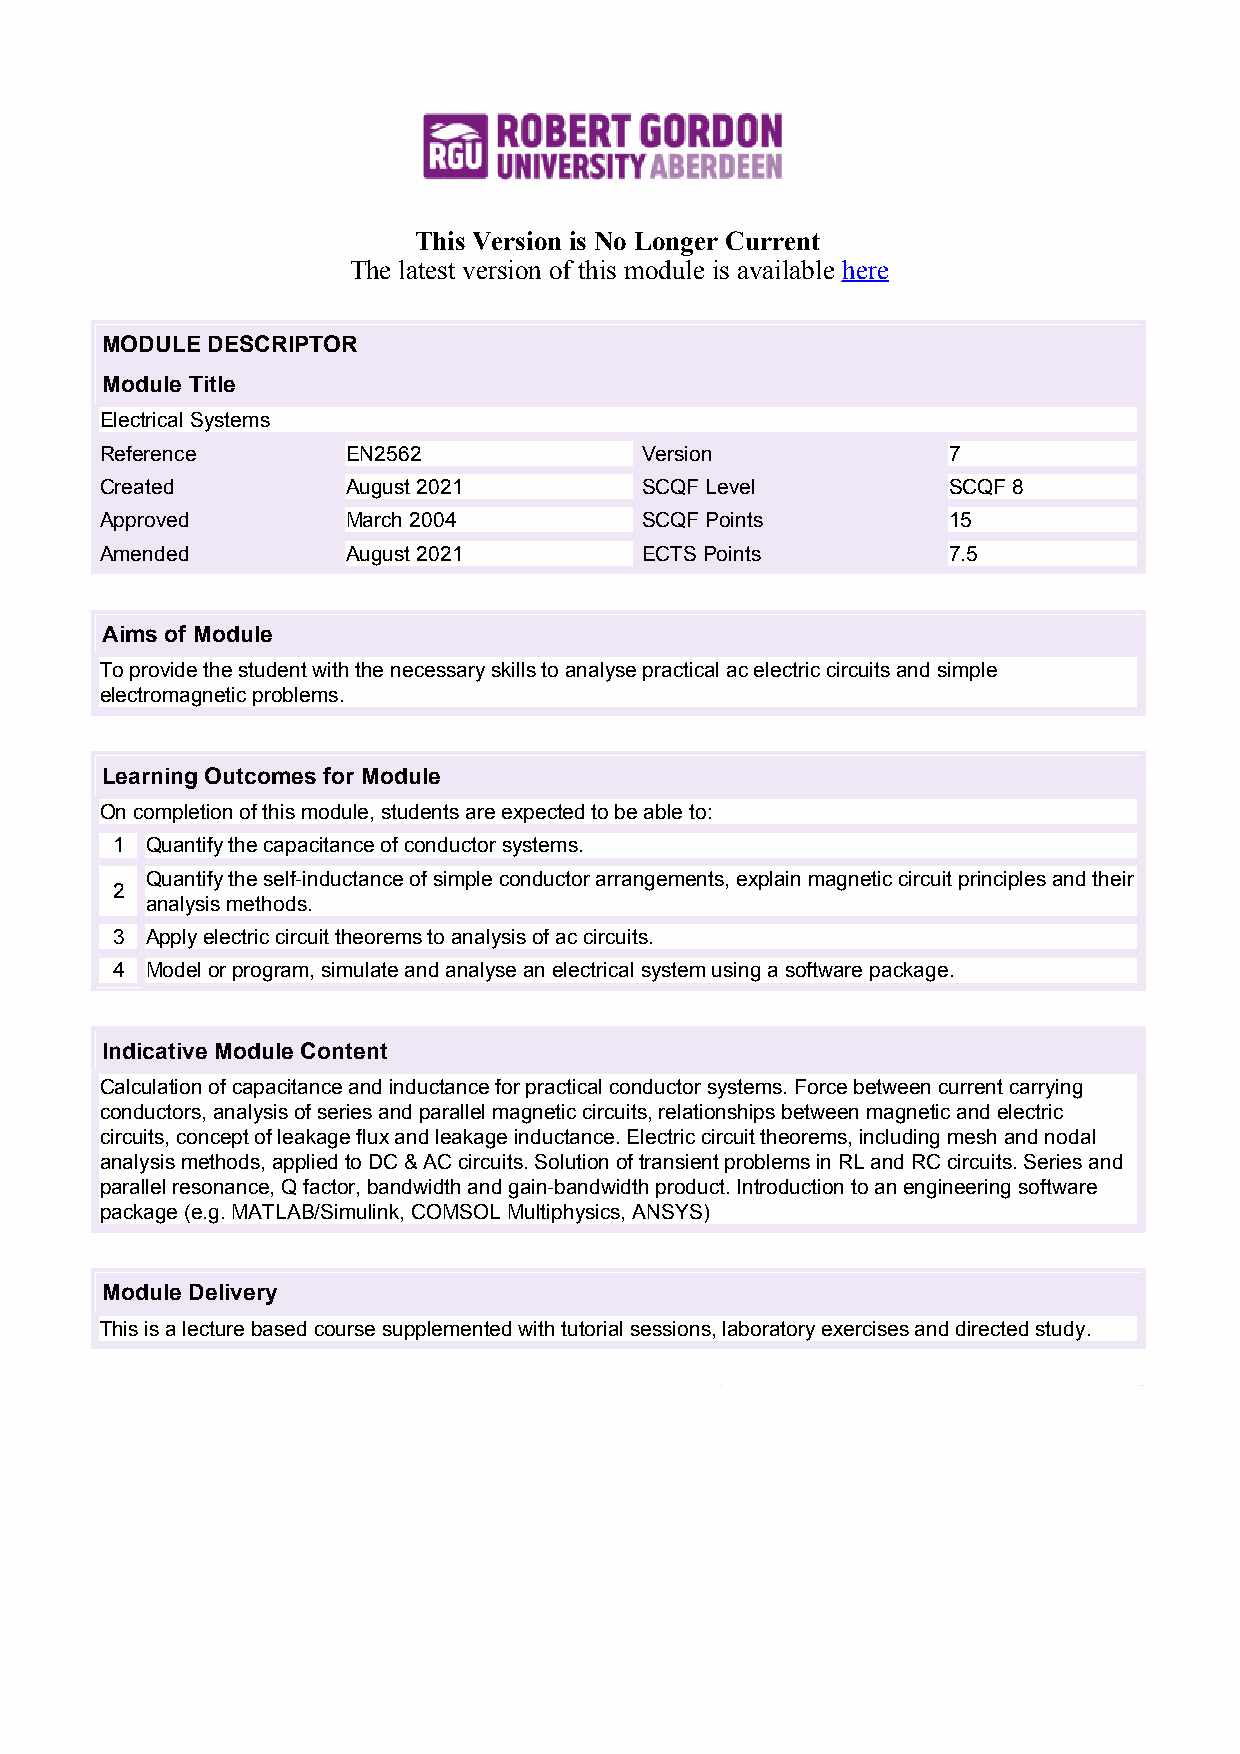
This Version is No Longer Current
 The latest version of this module is available here
 MODULE DESCRIPTOR
 Module Title
 Electrical Systems
 Reference       EN2562             Version              7
 Created         August 2021        SCQF Level           SCQF 8
 Approved        March 2004         SCQF Points          15
 Amended         August 2021        ECTS Points          7.5
 Aims of Module
 To provide the student with the necessary skills to analyse practical ac electric circuits and simple
 electromagnetic problems.
 Learning Outcomes for Module
 On completion of this module, students are expected to be able to:
 1  Quantify the capacitance of conductor systems.
 Quantify the self-inductance of simple conductor arrangements, explain magnetic circuit principles and their
 2
 analysis methods.
 3  Apply electric circuit theorems to analysis of ac circuits.
 4  Model or program, simulate and analyse an electrical system using a software package.
 Indicative Module Content
 Calculation of capacitance and inductance for practical conductor systems. Force between current carrying
 conductors, analysis of series and parallel magnetic circuits, relationships between magnetic and electric
 circuits, concept of leakage flux and leakage inductance. Electric circuit theorems, including mesh and nodal
 analysis methods, applied to DC & AC circuits. Solution of transient problems in RL and RC circuits. Series and
 parallel resonance, Q factor, bandwidth and gain-bandwidth product. Introduction to an engineering software
 package (e.g. MATLAB/Simulink, COMSOL Multiphysics, ANSYS)
 Module Delivery
 This is a lecture based course supplemented with tutorial sessions, laboratory exercises and directed study.